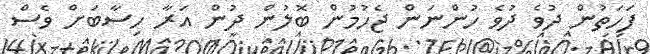
ފަހަތުން ދުވެ ދުވެ ހުންނަން ޖެހުމުން ބޮލުން ދުން އަރާ ހިސާބަށް ވެސް